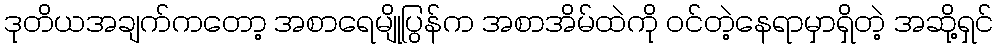
ဒုတိယအချက်ကတော့ အစာရေမျိုပြွန်က အစာအိမ်ထဲကို ဝင်တဲ့နေရာမှာရှိတဲ့ အဆို့ရှင်